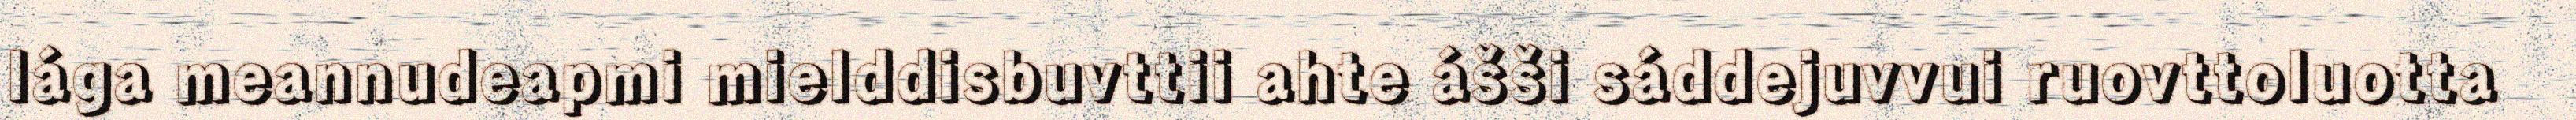
lága meannudeapmi mielddisbuvttii ahte ášši sáddejuvvui ruovttoluotta